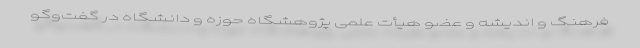
فرهنگ و اندیشه و عضو هیأت علمی پژوهشگاه حوزه و دانشگاه در گفت‌وگو